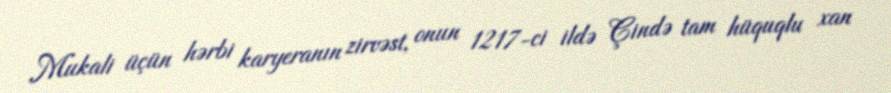
Mukali üçün hərbi karyeranın zirvəst, onun 1217-ci ildə Çində tam hüquqlu xan